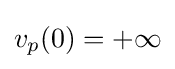
v_{p}(0)=+\infty